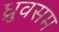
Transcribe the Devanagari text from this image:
ध्रुवसम